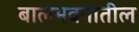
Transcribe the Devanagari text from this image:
बालभवनातील